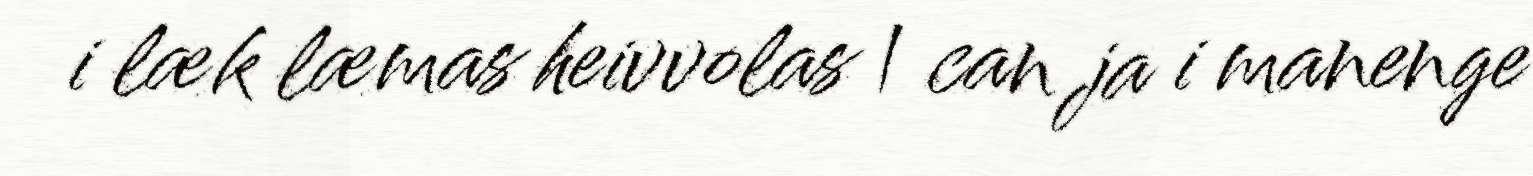
i læk læmas heivvolas | can ja i manenge